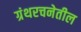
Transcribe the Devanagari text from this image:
ग्रंथरचनेतील